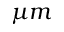
\mu m